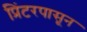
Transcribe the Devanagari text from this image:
प्रिंटरपासून